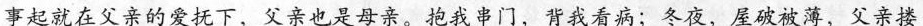
事起就在父亲的爱抚下，父亲也是母亲。抱我串门，背我看病；冬夜，屋破被薄，父亲搂